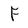
Character: F